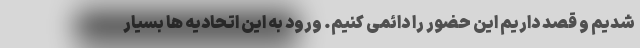
شدیم و قصد داریم این حضور را دائمی کنیم. ورود به این اتحادیه ها بسیار